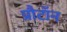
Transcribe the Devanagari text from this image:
प्रौटॉन